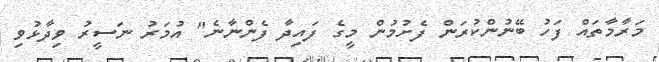
މަރާމާތައް ފަހު ބޭނުންކުރަން ފެށުމުން މީގެ ފައިދާ ފެންނާނެ" އުމަރު ނަސީރު ވިދާޅުވި